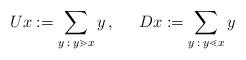
LaTeX: \begin{align*}U x:=\sum_{y\::\:y\gtrdot x} y\,,\;\;\;\;\;D x:=\sum_{y\::\:y\lessdot x} y\end{align*}